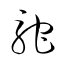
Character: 駝